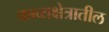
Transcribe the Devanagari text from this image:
काव्यक्षेत्रातील